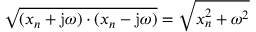
{ \sqrt { ( x _ { n } + \mathrm { j } \omega ) \cdot ( x _ { n } - \mathrm { j } \omega ) } } = { \sqrt { x _ { n } ^ { 2 } + \omega ^ { 2 } } }